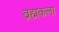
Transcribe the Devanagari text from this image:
ब्रह्मकला